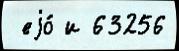
 еjо́ и 63256